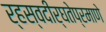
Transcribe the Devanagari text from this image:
र्‍हस्वदीर्घतेप्रमाणे